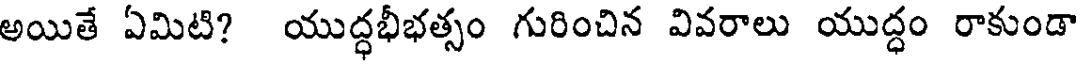
అయితే ఏమిటి? యుద్ధభీభత్సం గురించిన వివరాలు యుద్ధం రాకుండా